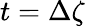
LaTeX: t=\Delta\zeta